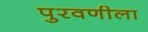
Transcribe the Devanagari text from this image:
पुरवणीला